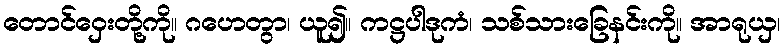
တောင်ဝှေးတို့ကို။ ဂဟေတွာ၊ ယူ၍။ ကဋ္ဌပါဒုကံ၊ သစ်သားခြေနင်းကို။ အာရုယှ၊